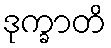
ဒုက္ခာတိ